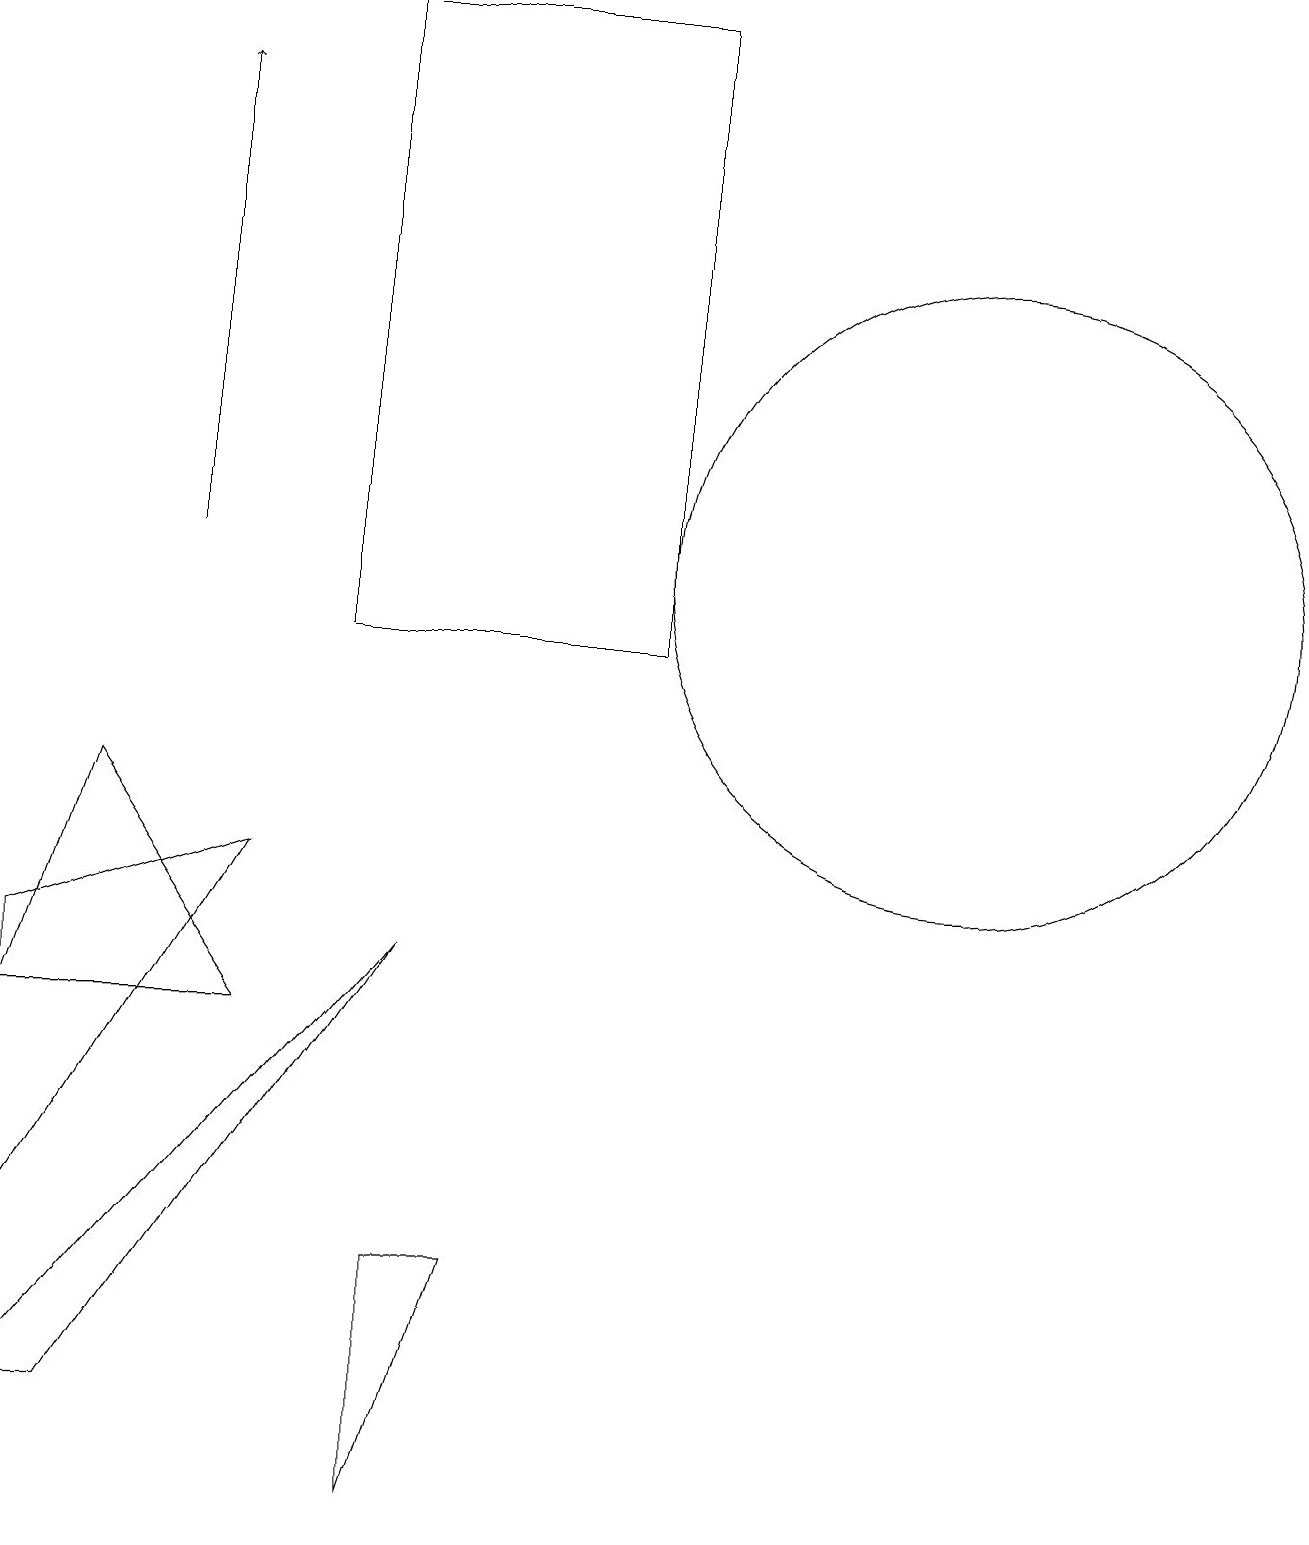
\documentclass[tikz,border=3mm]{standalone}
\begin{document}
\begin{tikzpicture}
\draw (6,3) -- (5,0) -- (5,3) -- cycle;
\draw (8,11) rectangle (4,19);
\draw (12,12) circle (4);
\draw (0,1) -- (5,7) -- (1,1) -- cycle;
\draw (3,6) -- (1,9) -- (0,6) -- cycle;
\draw[->] (2,12) -- (2,18);
\draw (0,3) -- (3,8) -- (0,7) -- cycle;
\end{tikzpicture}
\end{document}